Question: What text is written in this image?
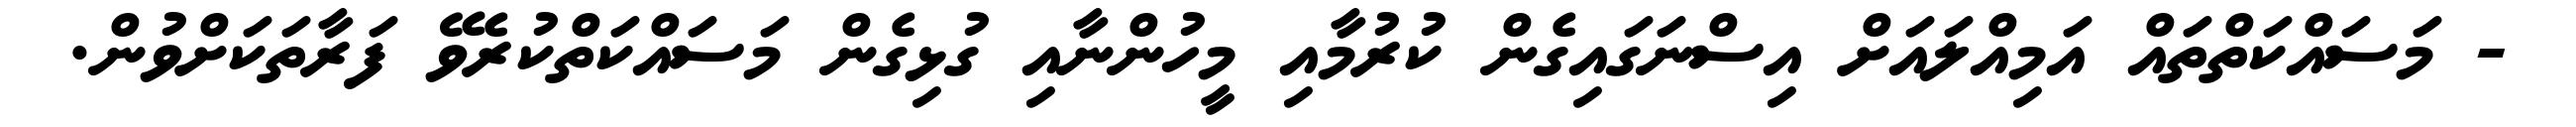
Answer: - މަސައްކަތްތައް އަމިއްލައަށް އިސްނަގައިގެން ކުރުމާއި މީހުންނާއި ގުޅިގެން މަސައްކަތްކުރެވޭ ފަރާތަކަށްވުން.